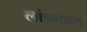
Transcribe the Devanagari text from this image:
लांडग्यास